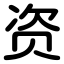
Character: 资